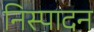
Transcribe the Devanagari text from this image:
निस्पादन